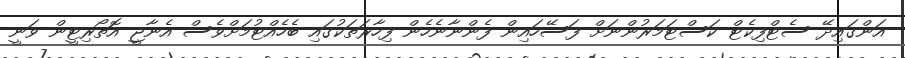
އަންގައިދޭ ސެޓްފިކެޓް ކަސްޓަމަރުންނަށް ފަސޭހައިން ފެންނާނެހެން ފިހާރަތަކުގައި ބެހެއްޓުމަށްވެސް އެނާޖީ އޮތޯރިޓީން ވަނީ